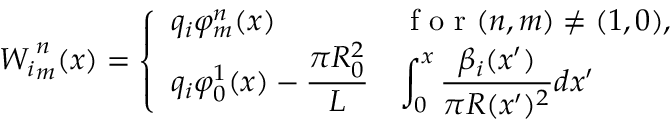
{ W _ { i } } _ { m } ^ { n } ( x ) = \left\{ \begin{array} { l l } { q _ { i } \varphi _ { m } ^ { n } ( x ) } & { \textrm { f o r } ( n , m ) \neq ( 1 , 0 ) , } \\ { \displaystyle q _ { i } \varphi _ { 0 } ^ { 1 } ( x ) - \frac { \pi R _ { 0 } ^ { 2 } } { L } } & { \displaystyle \int _ { 0 } ^ { x } \frac { \beta _ { i } ( x ^ { \prime } ) } { \pi R ( x ^ { \prime } ) ^ { 2 } } d x ^ { \prime } } \end{array} \right.